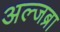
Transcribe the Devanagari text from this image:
अल्जब्रा